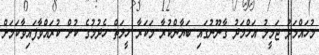
މުހައްމަދު ޖަމީލު އަހްމަދު ގާނޫނުގައި ބަޔާންކުރާ މަކަރާ ހީލަތް ހެދުމުގެ ކުށް ކުރައްވާފައިވާކަމަށް